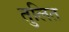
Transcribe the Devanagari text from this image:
तुलित